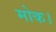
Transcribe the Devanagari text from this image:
मोक।